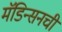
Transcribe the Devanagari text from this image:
मॅडिन्सनची